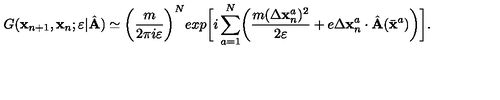
G ( { \bf x } _ { n + 1 } , { \bf x } _ { n } ; \varepsilon \vert { \hat { \bf A } } ) \simeq \biggl ( { \frac { m } { 2 \pi i \varepsilon } } \biggr ) ^ { N } e x p \biggl [ i \sum _ { a = 1 } ^ { N } \biggl ( { \frac { m ( \Delta { \bf x } _ { n } ^ { a } ) ^ { 2 } } { 2 \varepsilon } } + e \Delta { \bf x } _ { n } ^ { a } \cdot { \hat { \bf A } } ( { \bar { \bf x } } ^ { a } ) \biggr ) \biggr ] .